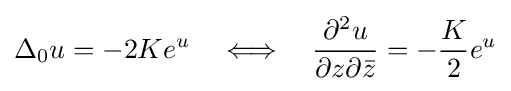
\Delta _{0}u=-2Ke^{u}\quad \Longleftrightarrow \quad {\frac {\partial ^{2}u}{{\partial z}{\partial {\bar {z}}}}}=-{\frac {K}{2}}e^{u}